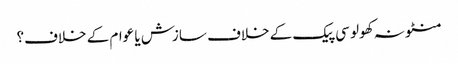
منٹو نہ کھولو	سی پیک کے خلاف سازش یا عوام کے خلاف؟